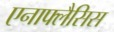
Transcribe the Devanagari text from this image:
एनाफ्लैसिस